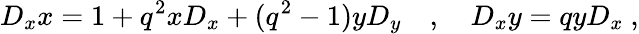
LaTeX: D_{x}x=1+q^{2}xD_{x}+(q^{2}-1)yD_{y}\quad,\quad D_{x}y=qyD_{x}\ ,